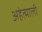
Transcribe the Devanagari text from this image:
अहेत्माली